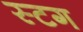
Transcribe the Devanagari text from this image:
स्टग